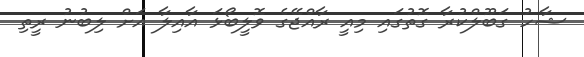
ޝާހު ގަބޫލްކުރާ ގޮތުގައި މިއީ ރާއްޖޭގެ ވޮލީބޯޅަ އާއިލާ އަށް ލިބުނު ރީތި